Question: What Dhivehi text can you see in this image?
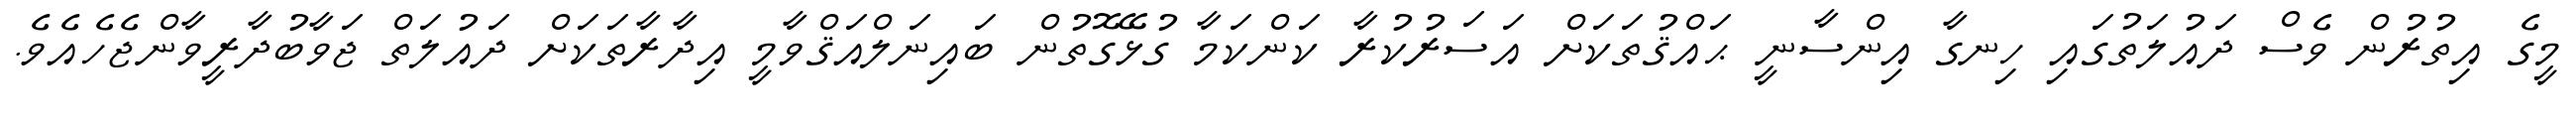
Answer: މީގެ އިތުރުން ވެސް ދައުލަތުގައި ހިނގާ އިންސާނީ ޙައްޤުތަކަށް އަސަރުކުރާ ކަންކަމާ ގުޅޭގޮތުން ބައިނަލްއަޤްވާމީ އިދާރާތަކަށް ދައުލަތް ޖަވާބުދާރީވާންޖެހެއެވެ.